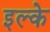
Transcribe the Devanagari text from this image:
इल्के